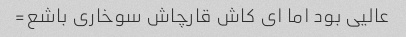
عالیی بود اما ای کاش قارچاش سوخاری باشع=